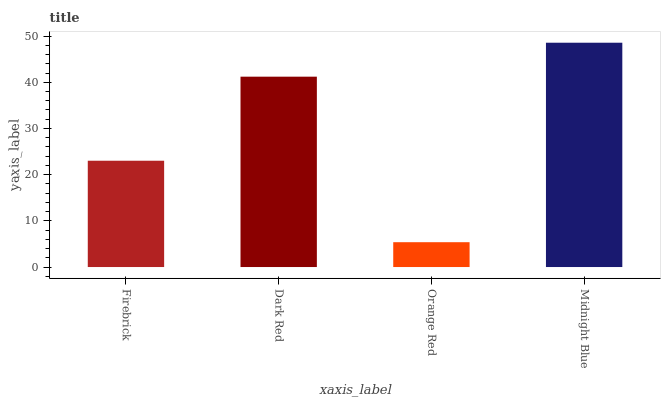
| xaxis_label | bars |
 | --- | --- |
 | Firebrick | 23 |
 | Dark Red | 41.2 |
 | Orange Red | 5.38 |
 | Midnight Blue | 48.6 |